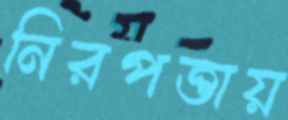
নিরপত্তায়